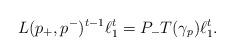
LaTeX: \begin{align*}L(p_+,p^-)^{t-1}\ell^t_1=P_- T(\gamma_p) \ell^t_1.\end{align*}